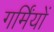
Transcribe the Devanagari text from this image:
गर्मिंयों